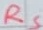
Text: RS